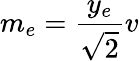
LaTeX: m_{e}={\frac{y_{e}}{\sqrt{2}}}v